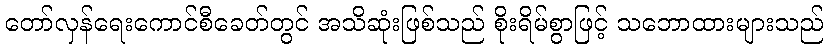
တော်လှန်ရေးကောင်စီခေတ်တွင် အသိဆုံးဖြစ်သည် စိုးရိမ်စွာဖြင့် သဘောထားများသည်